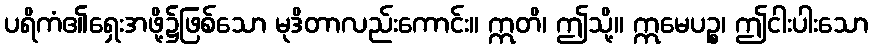
ပရိကံ၏ရှေးအဖို့၌ဖြစ်သော မုဒိတာလည်းကောင်း။ ဣတိ၊ ဤသို့။ ဣမေပဉ္စ၊ ဤငါးပါးသော